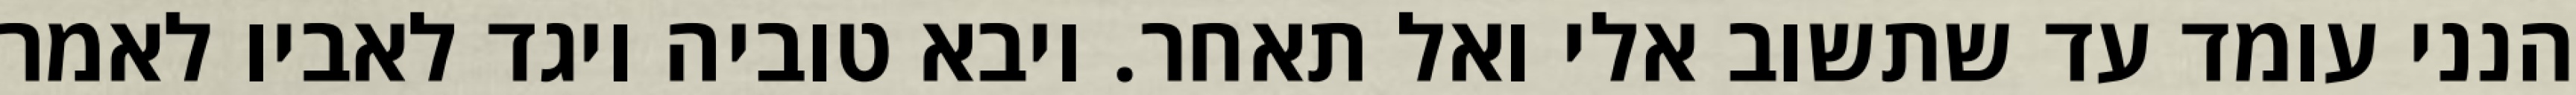
הנני עומד עד שתשוב אלי ואל תאחר. ויבא טוביה ויגד לאביו לאמר